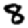
Digit: 8